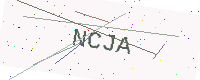
Text: NCJA